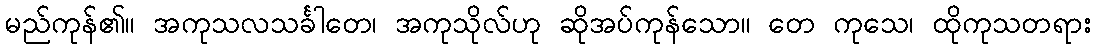
မည်ကုန်၏။ အကုသလသင်္ခါတေ၊ အကုသိုလ်ဟု ဆိုအပ်ကုန်သော။ တေ ကုသေ၊ ထိုကုသတရား